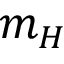
m _ { H }